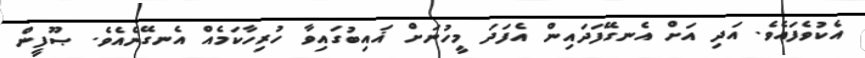
އެކުވެފައެވެ. އަދި އަށް އެނގޭފަދައިން އެފަދަ މީހުނަށް ޣައިބުގައިވާ ހުރިހާކަމެއް އެނގޭނެއެވެ. ޞޫފީން